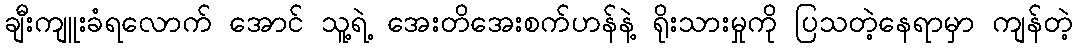
ချီးကျူးခံရလောက် အောင် သူ့ရဲ့ အေးတိအေးစက်ဟန်နဲ့ ရိုးသားမှုကို ပြသတဲ့နေရာမှာ ကျန်တဲ့